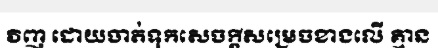
វិញ ដោយចាត់ទុកសេចក្តីសម្រេចខាងលើ គ្មាន